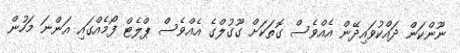
ނޫންކަން ދައްކުވައިދޭން އެއްވެސް ގޮތަކަށް ގޫގުލްގެ އެއްވެސް ޕްލެޓް ފޯމެއްގައި އަންނަ މަހުން